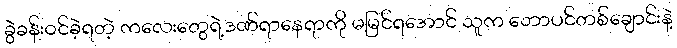
ခွဲခန်းဝင်ခဲ့ရတဲ့ ကလေးတွေရဲ့ဒဏ်ရာနေရာကို မမြင်ရအောင် သူက ဘောပင်တစ်ချောင်းနဲ့